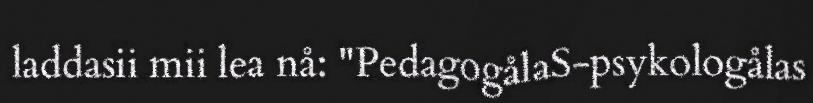
laddasii mii lea nå: "PedagogålaS-psykologålas